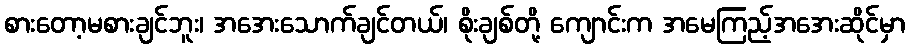
စားတော့မစားချင်ဘူး၊ အအေးသောက်ချင်တယ်၊ စိုးချစ်တို့ ကျောင်းက အမေကြည့်အအေးဆိုင်မှာ